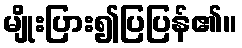
မျိုးပြား၍ပြပြန်၏။